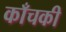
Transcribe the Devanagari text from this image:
काँचकी